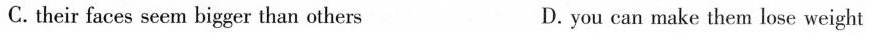
C. their faces seem bigger than others D. you can make them lose weight